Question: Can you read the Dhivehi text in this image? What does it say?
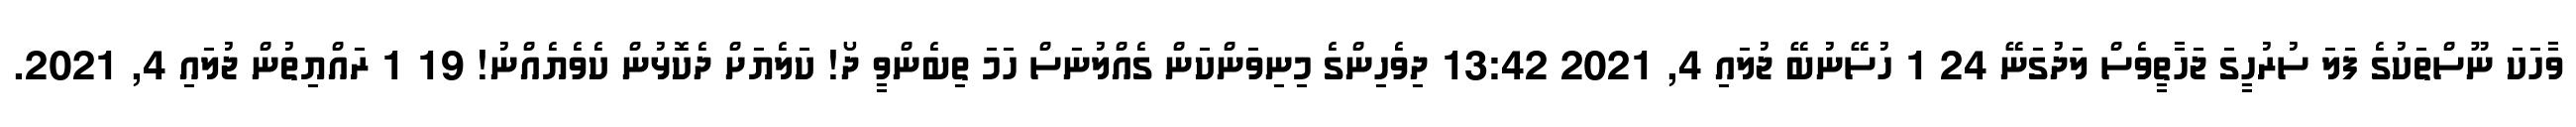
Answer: ވާހަކަ ނޫސްތަކުގެ ފަލަ ސުރުހީގަ ޖަހާތީވެސް ލަދުގަނޭ 24 1 ހުސޭނުބޭ ޖުލައި 4, 2021 13:42 ދިވެހިންގެ މިނިވަންކަން ގެއްލުނަސް ހަމަ ތިބެންވީ ދޯ! ކަލެޔަށް ދެކޮޅުން ކެވެޔެއްނު! 19 1 ރައްޔިތުން ޖުލައި 4, 2021.